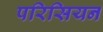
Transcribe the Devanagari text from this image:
परिसियन